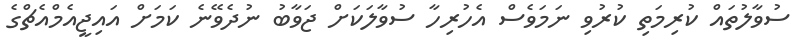
ސުވާލުތައް ކުރިމަތި ކުރުވި ނަމަވެސް އެހުރިހާ ސުވާލަކަށް ޖަވާބު ނުދެވޭނެ ކަމަށް އައިޖީއެމްއެޗްގެ